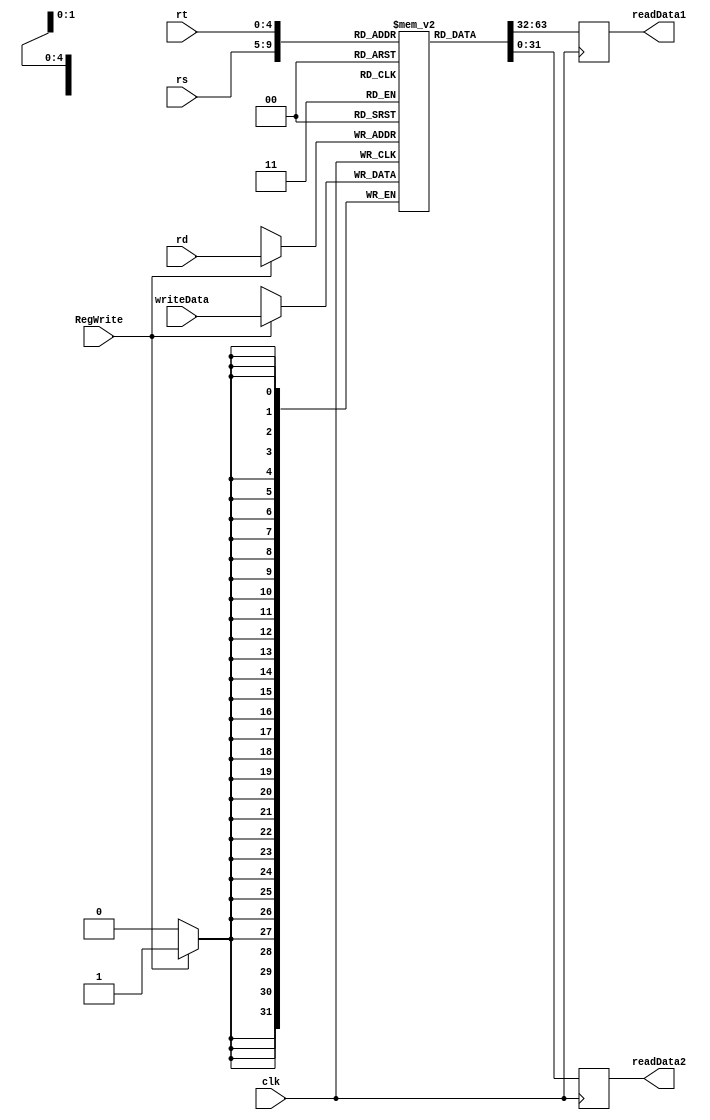
module register_file (
    input wire [4:0] rs, // Register address for first input
    input wire [4:0] rt, // Register address for second input
    input wire [4:0] rd, // Register address for output/write
    input wire [31:0] writeData, // Data to be written to the register
    input wire RegWrite, // Control signal for write enable
    input wire clk, // Clock signal
    output reg [31:0] readData1, // Output of first register read
    output reg [31:0] readData2 // Output of second register read
);

reg [31:0] registers [0:31]; // 32 registers, each 32 bits wide

always @(posedge clk) begin
    if (RegWrite) begin
        registers[rd] <= writeData;
    end
    readData1 <= registers[rs];
    readData2 <= registers[rt];
end

endmodule